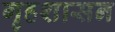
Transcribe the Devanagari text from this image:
गृहशासन